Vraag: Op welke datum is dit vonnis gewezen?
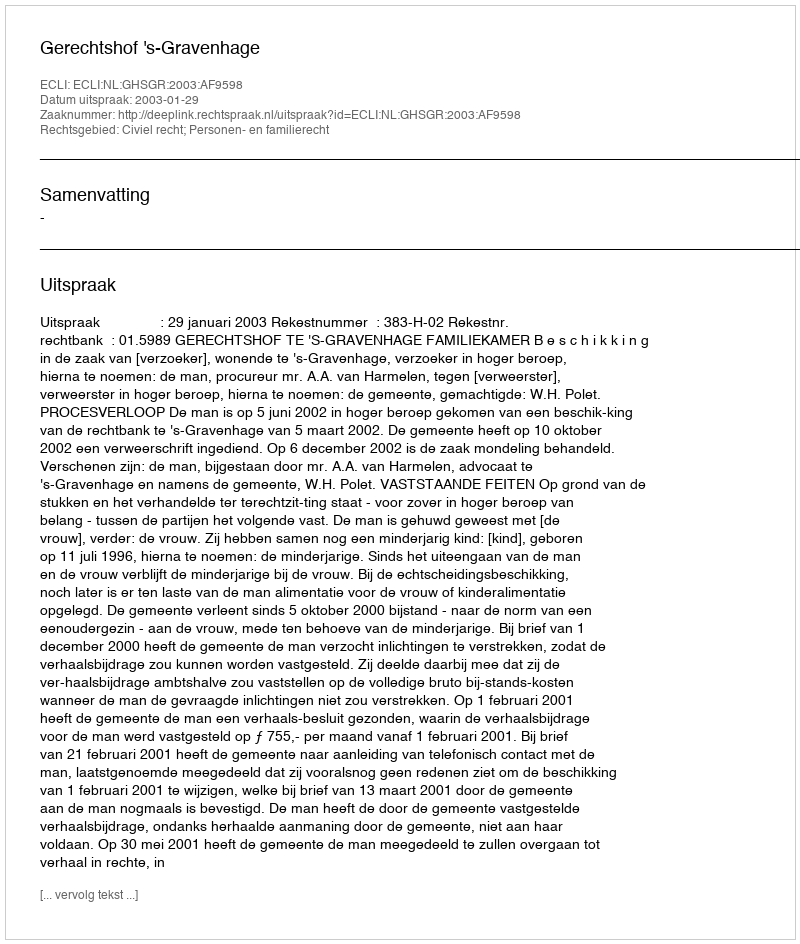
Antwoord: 2003-01-29